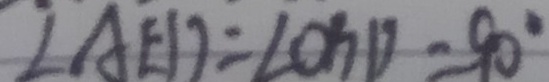
\angle A E D = \angle O G D = 9 0 ^ { \circ }